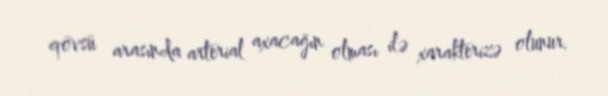
qövsü arasında arterial axacağın olması ilə xarakterizə olunur.